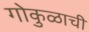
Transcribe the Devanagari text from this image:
गोकुळाची